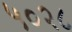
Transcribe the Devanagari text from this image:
५०२८